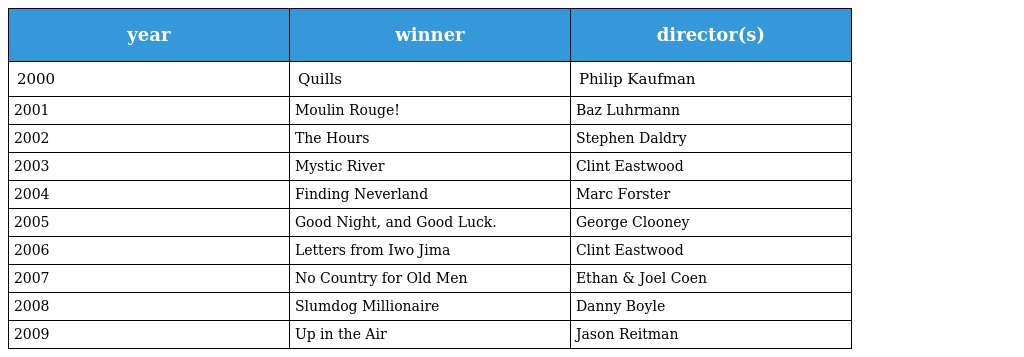
| year | winner | director(s) |
 | --- | --- | --- |
 | 2000 | Quills | Philip Kaufman |
 | 2001 | Moulin Rouge! | Baz Luhrmann |
 | 2002 | The Hours | Stephen Daldry |
 | 2003 | Mystic River | Clint Eastwood |
 | 2004 | Finding Neverland | Marc Forster |
 | 2005 | Good Night, and Good Luck. | George Clooney |
 | 2006 | Letters from Iwo Jima | Clint Eastwood |
 | 2007 | No Country for Old Men | Ethan & Joel Coen |
 | 2008 | Slumdog Millionaire | Danny Boyle |
 | 2009 | Up in the Air | Jason Reitman |